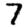
Digit: 7